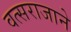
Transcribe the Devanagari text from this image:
वत्सराजाने